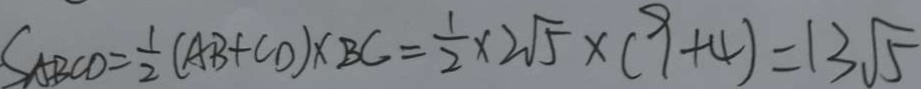
S _ { A B C D } = \frac { 1 } { 2 } ( A B + C D ) \times B C = \frac { 1 } { 2 } \times 2 \sqrt { 5 } \times ( 9 + 4 ) = 1 3 \sqrt { 5 }